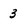
Character: 3